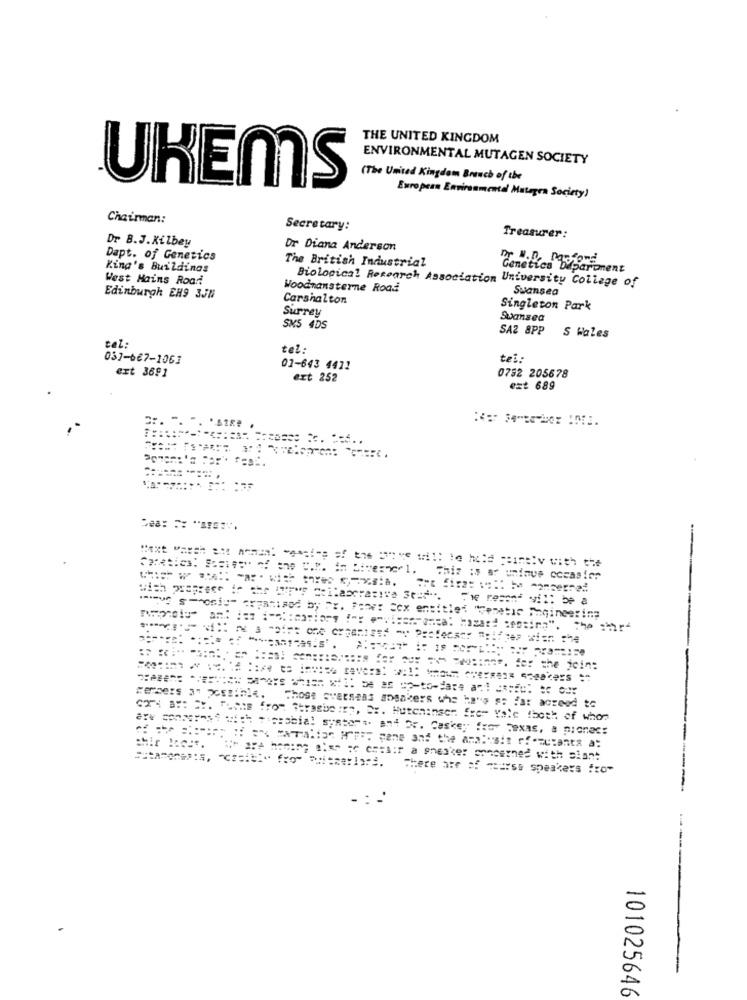
THE UNITED KINGDOM
ENVIRONMENTAL MUTAGEN SOCIETY
(The United Kingdom Brauch of the
UKEMS
European Environmental Matagra Society)
Chairman:
Secretary:
Dr B.J.Kilbey
Treasurer:
Dr Diana Anderson
Dapt. of Genetics
The British Industrial
Pasfond
King's Buildings
Genetics Department
West Mains Road
Biological Research Association University College of
Woodmansterne Road
Swansea
Edinburgh EH9 3JN
Carshalton
Surrey
Singleton Park
Swansea
SKS 4DS
SA2 8PP
S Wales
tel:
tel:
037-667-1063
tel:
ext 3691
01-643 4471
ext 252
0752 205678
ezt 689
Cpratica: Szelet of the U.M. In Diverseel. This is ar undaus occasion
Twe resend vil: be a
.que sois" organised by ". For: cox entitled "Genetic Engineering
Members as possible.
Those overseas sosakers whe he's so far agreed to
C2-4 B: CY. "La from Strasbeira, Dr. Huteninser fre- Vale !both of whor
are concerns" with microbial systems. and Or. Caskey for Texas, a pionec:
=======, "c" fro" "uitzetlars. There are of course speakers from
101025646